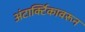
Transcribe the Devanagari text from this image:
अंटार्क्टिकावरून